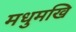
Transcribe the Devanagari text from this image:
मधुमखि